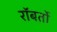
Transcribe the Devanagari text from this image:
रॉबर्तो